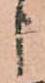
申